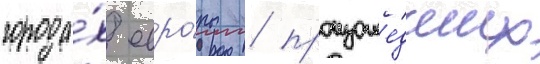
города́х евро́пы / произоше́дших